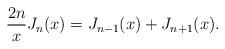
LaTeX: \begin{align*}\frac{2n}{x}J_{n}(x)=J_{n-1}(x)+J_{n+1}(x).\end{align*}